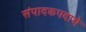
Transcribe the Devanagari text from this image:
संपादकपदाचे